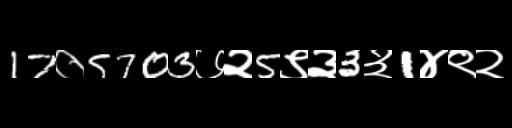
Text: 17०5703७२5९३3३1४९२